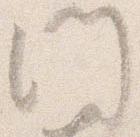
門